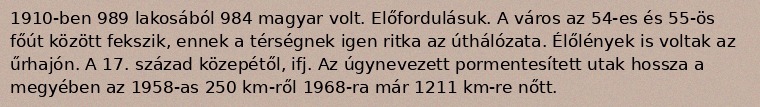
1910-ben 989 lakosából 984 magyar volt. Előfordulásuk. A város az 54-es és 55-ös főút között fekszik, ennek a térségnek igen ritka az úthálózata. Élőlények is voltak az űrhajón. A 17. század közepétől, ifj. Az úgynevezett pormentesített utak hossza a megyében az 1958-as 250 km-ről 1968-ra már 1211 km-re nőtt.